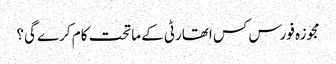
مجوزہ فورس کس اتھارٹی کے ماتحت کام کرے گی؟